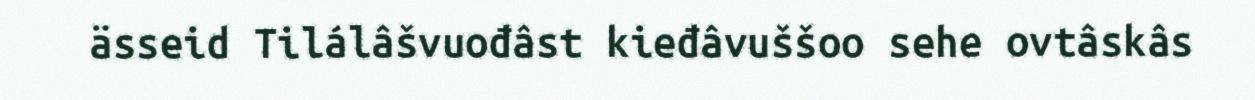
ässeid Tilálâšvuođâst kieđâvuššoo sehe ovtâskâs